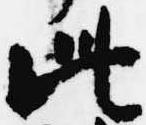
此